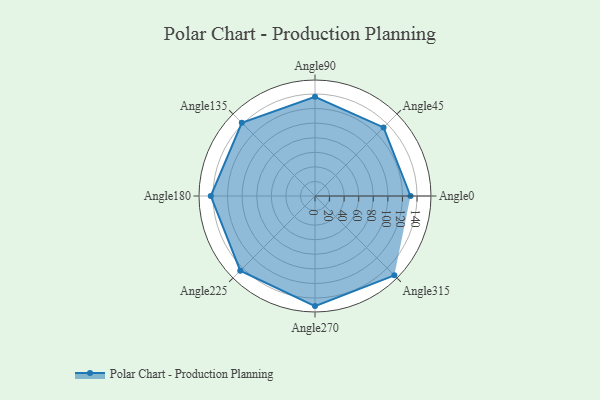
{"axis": {"x": "Angle", "y": "Radius"}, "legend": [""], "data": [{"x": "Angle0", "y": 131.0, "type": ""}, {"x": "Angle45", "y": 133.0, "type": ""}, {"x": "Angle90", "y": 136.0, "type": ""}, {"x": "Angle135", "y": 142.0, "type": ""}, {"x": "Angle180", "y": 143.0, "type": ""}, {"x": "Angle225", "y": 145.0, "type": ""}, {"x": "Angle270", "y": 151.0, "type": ""}, {"x": "Angle315", "y": 154.0, "type": ""}]}